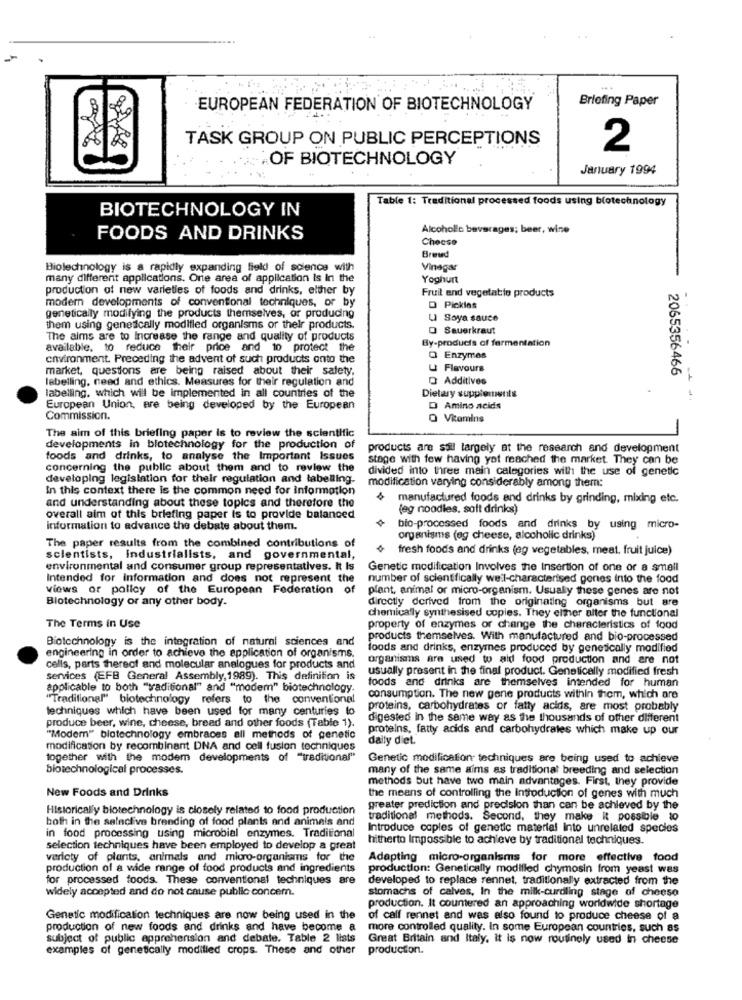
Briefing Paper
EUROPEAN FEDERATION OF BIOTECHNOLOGY
TASK GROUP ON PUBLIC PERCEPTIONS
2
OF BIOTECHNOLOGY
January 1994
Table 1: Traditional processed foods using biotechnology
BIOTECHNOLOGY IN
Alcoholic beverages; beer, wine
FOODS AND DRINKS
Checse
Brewed
Biolechnology is a rapidly expanding field of science with
Vinegar
many different applications. Orie area of application Is In the
Yoghurt
production of new varieties of foods and drinks, either by
Fruit and vegetable products
modern developments of conventional techniques, or by
O Pickles
genetically modifying the products themselves, or producing
U Soya sauce
them using genetically modified organisms or their products.
O Sauerkraut
The aims are to Increase the range and quality of products
By-products of fermentation
available. to reduce their price and to protect the
environment. Preceding the advent of such products onto the
O Enzymes
market, questions are being raised about their safety,
U Flavours
labelling, need and ethics. Measures for their regulation and
Q Additives
2065356466
Dietary supplements
labelling, which will be implemented in all countries of the
European Union, are being developed by the European
D Amino acids
Commission.
O Vitamins
The aim of this briefing paper is to review the scientific
developments in biotechnology for the production of
products are saul largely at the research and development
foods and drinks, to analyse the Important Issues
stage with few having yot reached the market. They can be
concerning the public about them and to review the
divided into three main categories with the use of genetic
developing legislation for their regulation and labelling-
modification varying considerably among them:
In this context there is the common need for information
4 manufactured foods and drinks by grinding, mixing etc.
and understanding about these topics and therefore the
(eg noodles, soft drinks)
overall aim of this briefing paper is to provide balanced
information to advance the debate about them.
bio-processed foods and drinks by using micro-
organisms (eg cheese, alcoholic drinks)
The paper results from the combined contributions of
fresh foods and drinks (eg vegetables, meat, fruit juice)
scientists, industrialists, and governmental,
environmental and consumer group representatives. It Is
Genetic modification Involves the Insertion of one or a smell
Intended for Information and does not represent the
number of scientifically well-characterised gones Into the food
views or policy of the European Federation o
plant, animal or micro-organism. Usually these genes are not
Biotechnology or any other body.
directly derived from the originating organisms but are
chemically synthesised copies. They either alter the functional
The Terms in Use
property of enzymes or change the characteristics of food
Biotechnology is the integration of natural sciences and
products themselves. With manufactured and bio-processed
foods and drinks, enzymes produced by genetically modified
engineering in order to achieve the application of organisms.
organisms are used to aid food production and are not
cells, parts thereof and molecular analogues for products and
usually present in the final product. Genetically modified fresh
services (EFB General Assembly, 1989). This definition is
foods and drinks are themselves intended for human
applicable to both "traditional" and "modem" biotechnology.
"Traditional" biotechnology refers to the conventional
consumption. The new gene products within them, which are
techniques which have been used for many centuries lo
proteins, carbohydrates or fatty acids, are most probably
produce beer, wine, cheese, bread and other foods (Table 1).
digested in the same way as the thousands of other different
proteins, fatty acids and carbohydrates which make up our
"Modem" biotechnology embraces all methods of genetic
daily diet.
modification by recombinant DNA and cell fusion techniques
together with the modem developments of "traditional"
Genetic modification techniques are being used to achieve
biotechnological processes.
many of the same aims as traditional breeding and selection
methods but have two main advantages. First, they provide
New Foods and Drinks
the means of controlling the Introduction of genes with much
Historically biotechnology is closely related to food production
greater prediction and precision than can be achieved by the
both in the salaclive breeding of food plants and animals and
traditional methods. Second, they make it possible to
Introduce copies of genetic material Into unrelated species
in food processing using microbial enzymes. Traditional
hitherto Impossible to achieve by traditional techniques.
selection techniques have been employed to develop a great
variety of plants, animals and micro-organisms for the
Adapting micro-organisms for more effective food
production of a wide range of food products and ingredients
production: Genetically modified chymosin from yeast was
for processed foods. These conventional techniques are
developed to replace rennet, traditionally extracted from the
widely accepted and do not cause public concem.
stomachs of calves, In the milk-curdling stage of cheese
production. It countered an approaching worldwide shortage
Genetic modification techniques are now being used in the
of calf rennet and was also found to produce cheese of a
production of new foods and drinks and have become a
more controlled quality. In some European countries, such as
subject of public apprehension and debate. Table 2 lists
Great Britain and Italy. it is now routinely used In cheese
examples of genetically modified crops. These and other production.